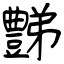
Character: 豑